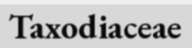
Taxodiaceae